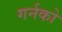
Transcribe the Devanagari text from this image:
गर्नको